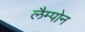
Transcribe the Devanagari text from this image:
लैम्पोन